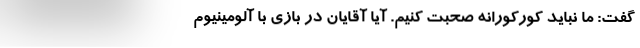
گفت: ما نباید کورکورانه صحبت کنیم. آیا آقایان در بازی با آلومینیوم